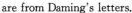
are from Daming's letters.